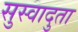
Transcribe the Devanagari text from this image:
सुस्वादुता